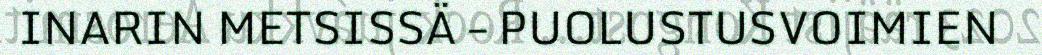
INARIN METSISSÄ – PUOLUSTUSVOIMIEN